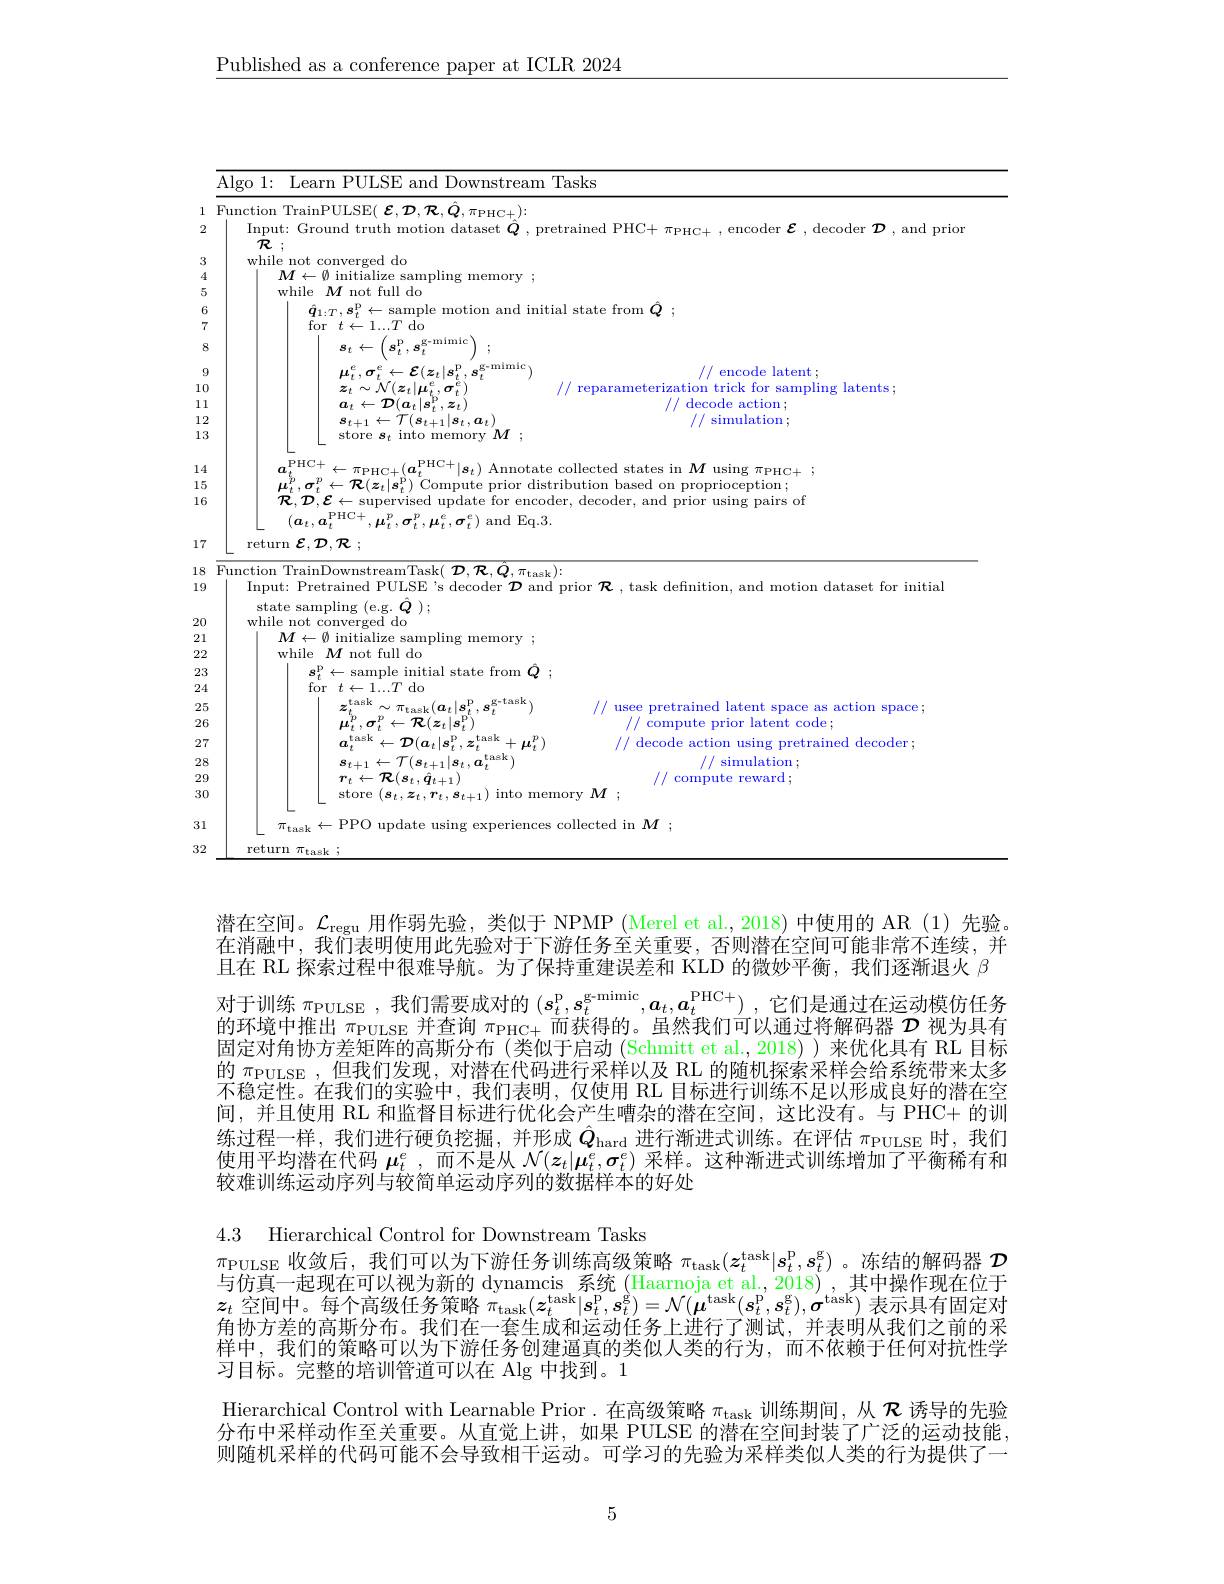
$\underline{\text{Published as a conference paper at ICLR 2024}}$

<table>
	<tbody>
		<tr>
			<td> </td>
			<td>Algo 1: I Learn PULSE and Downstream Tasks</td>
		</tr>
		<tr>
			<td>1</td>
			<td>411nction $\mathcal{D}$ $\mathcal{R}$ $2,\pi_{\mathrm{PHC}+}):$</td>
		</tr>
		<tr>
			<td>2</td>
			<td>Input: Ground truth motion dataset $\boldsymbol{Q}$, pretrained PHC+ $\pi_\mathrm{PHC+}$, encoder $\boldsymbol{\varepsilon}$, decoder $\boldsymbol{D}$, and prionti Ground truth motion dataset $\boldsymbol{Q}$, pretrained PHC+ $\pi_\mathrm{PHC+}$, encoder $\boldsymbol{\varepsilon}$, decoder $\boldsymbol{D}$,and priont $\mathcal{R}$</td>
		</tr>
		<tr>
			<td>3</td>
			<td>while not converged do</td>
		</tr>
		<tr>
			<td>4</td>
			<td>$M\leftarrow\emptyset$ initialize sampling memory</td>
		</tr>
		<tr>
			<td>5</td>
			<td>while $M$ not full do</td>
		</tr>
		<tr>
			<td>6</td>
			<td>e motion and initial state from $O$</td>
		</tr>
		<tr>
			<td>7</td>
			<td>for$t\leftarrow1...T$do</td>
		</tr>
		<tr>
			<td>8</td>
			<td>$s_t$</td>
		</tr>
		<tr>
			<td>9</td>
			<td>$\mu_{t}^{e},\sigma_{t}^{e}\leftarrow{\mathcal E}(\boldsymbol{z}_{t}|\boldsymbol{s}_{t}^{\mathrm{p}},\boldsymbol{s}$ encode latent;</td>
		</tr>
		<tr>
			<td>10 $\frac{1}{2}=\frac{1}{2}$ $\frac{1}{2}=\frac{1}{2}$ 1 T</td>
			<td>$\boldsymbol{z}_{t}\sim\mathcal{N}(\boldsymbol{z}_{t}|\boldsymbol{\mu}_{t}^{e},\boldsymbol{\sigma}_{t}^{e}$ reparameterization trick for sampling latents;</td>
		</tr>
		<tr>
			<td>1 1</td>
			<td>$a_{t}\leftarrow{\mathcal D}(\boldsymbol{a}_{t}|\boldsymbol{s}_{t}^{\mathrm{p}},\boldsymbol{z}_{t})$ //decode action;</td>
		</tr>
		<tr>
			<td>1 2 3 1</td>
			<td>$\boldsymbol{s}_{t+1}\leftarrow\mathcal{T}(\boldsymbol{s}_{t+1}|\boldsymbol{s}_{t},\boldsymbol{a}_{t})$ / simulation ; $NM$</td>
		</tr>
		<tr>
			<td> </td>
			<td>$PHC+$</td>
		</tr>
		<tr>
			<td>5 1</td>
			<td>$-\pi$PHC+(0) $|\boldsymbol{s}_{t}$ ollected states m ng $\pi$PHC+</td>
		</tr>
		<tr>
			<td>15 1 16</td>
			<td>$\mu_{t}^{r},\sigma_{t}^{r}$ $\mathcal{R}$ $\mathcal{D}$ Drior proprioception; $\because E$ sunervised decoder. r using pairs of</td>
		</tr>
		<tr>
			<td>16</td>
			<td>${\mathcal R},{\mathcal D},{\mathcal E}\leftarrow$ - supervised update for encoder, ,decoder, and prior using pairs of $(\boldsymbol{a}_{t},\boldsymbol{a}_{t}^{\mathrm{PHC}+}$ $\mu_{i}^{r}$ $\sigma_{i}^{p}$ $\mu_{\mathrm{f}}^{\mathrm{c}}$ $\sigma_{t}^{\mathrm{c}})$ and ${\mathrm{Eq.3.}}$</td>
		</tr>
		<tr>
			<td>LU 1 T</td>
			<td>$(a_{t},a_{t}^{\mathrm{P}}$ $’H($ $Eq.3$</td>
		</tr>
		<tr>
			<td>17</td>
			<td>return ${\mathcal{E}},{\mathcal{D}},{\mathcal{R}}$</td>
		</tr>
		<tr>
			<td>7 1</td>
			<td>$\operatorname { return} \boldsymbol{\varepsilon }, \mathcal{D} , \mathcal{R}$ ;</td>
		</tr>
		<tr>
			<td>1</td>
			<td> </td>
		</tr>
		<tr>
			<td>18 </td>
			<td>$11mr$ Task ${\mathcal D},{\mathcal R},{\hat{Q}},\pi_{\mathrm{task}})\colon$</td>
		</tr>
		<tr>
			<td>19</td>
			<td>Input: Pretrained PULSE and motion dataset for initial</td>
		</tr>
		<tr>
			<td>21 1</td>
			<td>while not converged do</td>
		</tr>
		<tr>
			<td>$\angle$</td>
			<td>L:1. $AAT$ $C_{11}$</td>
		</tr>
		<tr>
			<td>22</td>
			<td>while$M$not full do</td>
		</tr>
		<tr>
			<td>23 1</td>
			<td>$\leftarrow$ sample initial state from $Q$</td>
		</tr>
		<tr>
			<td>24</td>
			<td>tor $t\leftarrow1..T$ do</td>
		</tr>
		<tr>
			<td>25 1 $\frac{1}{2}=\frac{1}{2}$</td>
			<td>usee pretrained latent space as action space;</td>
		</tr>
		<tr>
			<td>26</td>
			<td>$\mu_{t}^{\mu},\sigma_{t}^{\nu}\leftarrow{\mathcal R}(\boldsymbol{z}_{t}|\boldsymbol{s}_{t}^{\mathrm{p}})$ compute prior latent code;</td>
		</tr>
		<tr>
			<td>7 2 1 1 1</td>
			<td>$\leftarrow\Pi_{n}$ $+\mu_{t}^{p}$ decode action using pretrained decoder;</td>
		</tr>
		<tr>
			<td>28</td>
			<td>$\boldsymbol{s}_{t+1}\leftarrow\mathcal{T}(\boldsymbol{s}_{t+1}|\boldsymbol{s}_{t},\boldsymbol{a}_{t}^{t}$ simulation;</td>
		</tr>
		<tr>
			<td>29</td>
			<td>$r_{t}\leftarrow{\mathcal R}(\boldsymbol{s}_{t},\hat{\boldsymbol{q}}_{t+1})$ compute reward ;</td>
		</tr>
		<tr>
			<td>30</td>
			<td>store $t$</td>
		</tr>
		<tr>
			<td>31 1</td>
			<td>$\pi_{\mathrm{t~a~e~L}}$ llected in $M$</td>
		</tr>
		<tr>
			<td>31 1 1 3 1 1 1 $\frac{1}{2}=\frac{1}{2}=\frac{1}{2}$ </td>
			<td>$\pi_{\mathrm{task}}\leftarrow$PPO update using experiences collected in $M;$</td>
		</tr>
		<tr>
			<td>$r.$ n</td>
			<td> </td>
		</tr>
	</tbody>
</table>

潜在空间。$\mathcal{L}_\mathrm{regu}$用作弱先验，类似于 NPMP (Merel et al,2018)中使用的 AR (1)先验。在消融中，我们表明使用此先验对于下游任务至关重要，否则潜在空间可能非常不连续，并且在 RL 探索过程中很难导航。为了保持重建误差和 KLD 的微妙平衡，我们逐渐退火$\beta$ 对于训练 $\pi_{\mathrm{PULSE}}$ ,我们需要成对的 $(s_t^{\mathrm{p}},s_t^{\mathrm{g-mimic}},a_t,a_t^{\mathrm{PHC+}})$,它们是通过在运动模仿任务的环摔由雄山一个市木油$\pi_\text{而共组的}$ 品处垂们可以通过将解而紧$\mathcal{T}$ 视 为 目 右 的环境中推出$\pi_\mathrm{PULSE}$并查询$\pi_\mathrm{PHC+}$而获得的。虽然我们可以通过将解码器$\mathcal{D}$视为具有固定对角协方差矩阵的高斯分布(类似于启动 (Schmitt et al.,2018))来优化具有 RL 目标的$\pi_\mathrm{PULSE}$ ,但我们发现 , 对潜在代码进行采样以及 RL 的随机探索采样会给系统带来太多不稳定性。在我们的实验中、我们表明，仅使用 RL 目标讲行训练不足以形成良好的潜在空间，并且使用 RL 和监督目标进行优化会产生嘈杂的潜在空间，这比没有。与 PHC+ 的训练过程一样，我们进行硬负挖掘，并形成$\hat{Q}_\mathrm{hard}$进行渐进式训练。在评估$\pi_\mathrm{PULSE}$时，我们使用平均潜在代码$\mu_t^e$ ,而不是从$\mathcal{N}(z_t|\boldsymbol{\mu}_t^e,\sigma_t^e)$采样。这种渐进式训练增加了平衡稀有和野难训练运动吊列与较简里运动吊刎的数据样本的好外

4.3 Hierarchical Control for Downstream Tasks
$\pi_{\mathrm{PULSE}}$收敛后，我们可以为下游任务训练高级策略 $\pi_\mathrm{task}(z_t^\mathrm{task}|s_t^\mathrm{p},s_t^\mathrm{g})$ 。冻结的解码器 $\mathcal{D}$

与仿真一起现在可以视为新的 dvnamcis 系统.(Haarnoja et al..2018),其中操作现在位于$z_t$空间中。每个高级任务策略$\pi _\mathrm{task}( z_t^\mathrm{task}| s_t^\mathrm{p} , \boldsymbol{s}_t^\mathrm{g} ) = \mathcal{N} ( \boldsymbol{\mu }^\mathrm{task}( s_t^\mathrm{p} , \boldsymbol{s}_t^\mathrm{g} ) , \boldsymbol{\sigma }^\mathrm{task})$表示具有固定对角协方差的高斯分布。我们在一套生成和运动任务上进行了测试，并表明从我们之前的采样中，我们的策略可以为下游任务创建逼真的类似人类的行为，而不依赖于任何对抗性学习目标。完整的培训管道可以在 Alg 中找到。1
Hierarchical Control with Learnable Prior.在高级策略$\pi_\mathrm{task}$训练期间，从$\mathcal{R}$诱导的先验分布中采样动作至关重要。从直觉上讲，如果 PULSE 的潜在空间封装了广泛的运动技能， 则随机采样的代码可能不会导致相干运动。可学习的先验为采样类似人类的行为提供了一

5